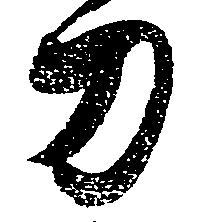
刀